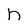
Character: n